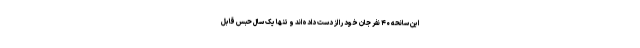
این سانحه ۴۰ نفر جان خود را از دست داده‌اند و تنها یک سال حبس قابل